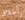
أطلاق